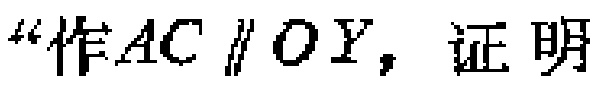
“作\(AC \parallel OY\)，证明